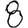
Digit: 8